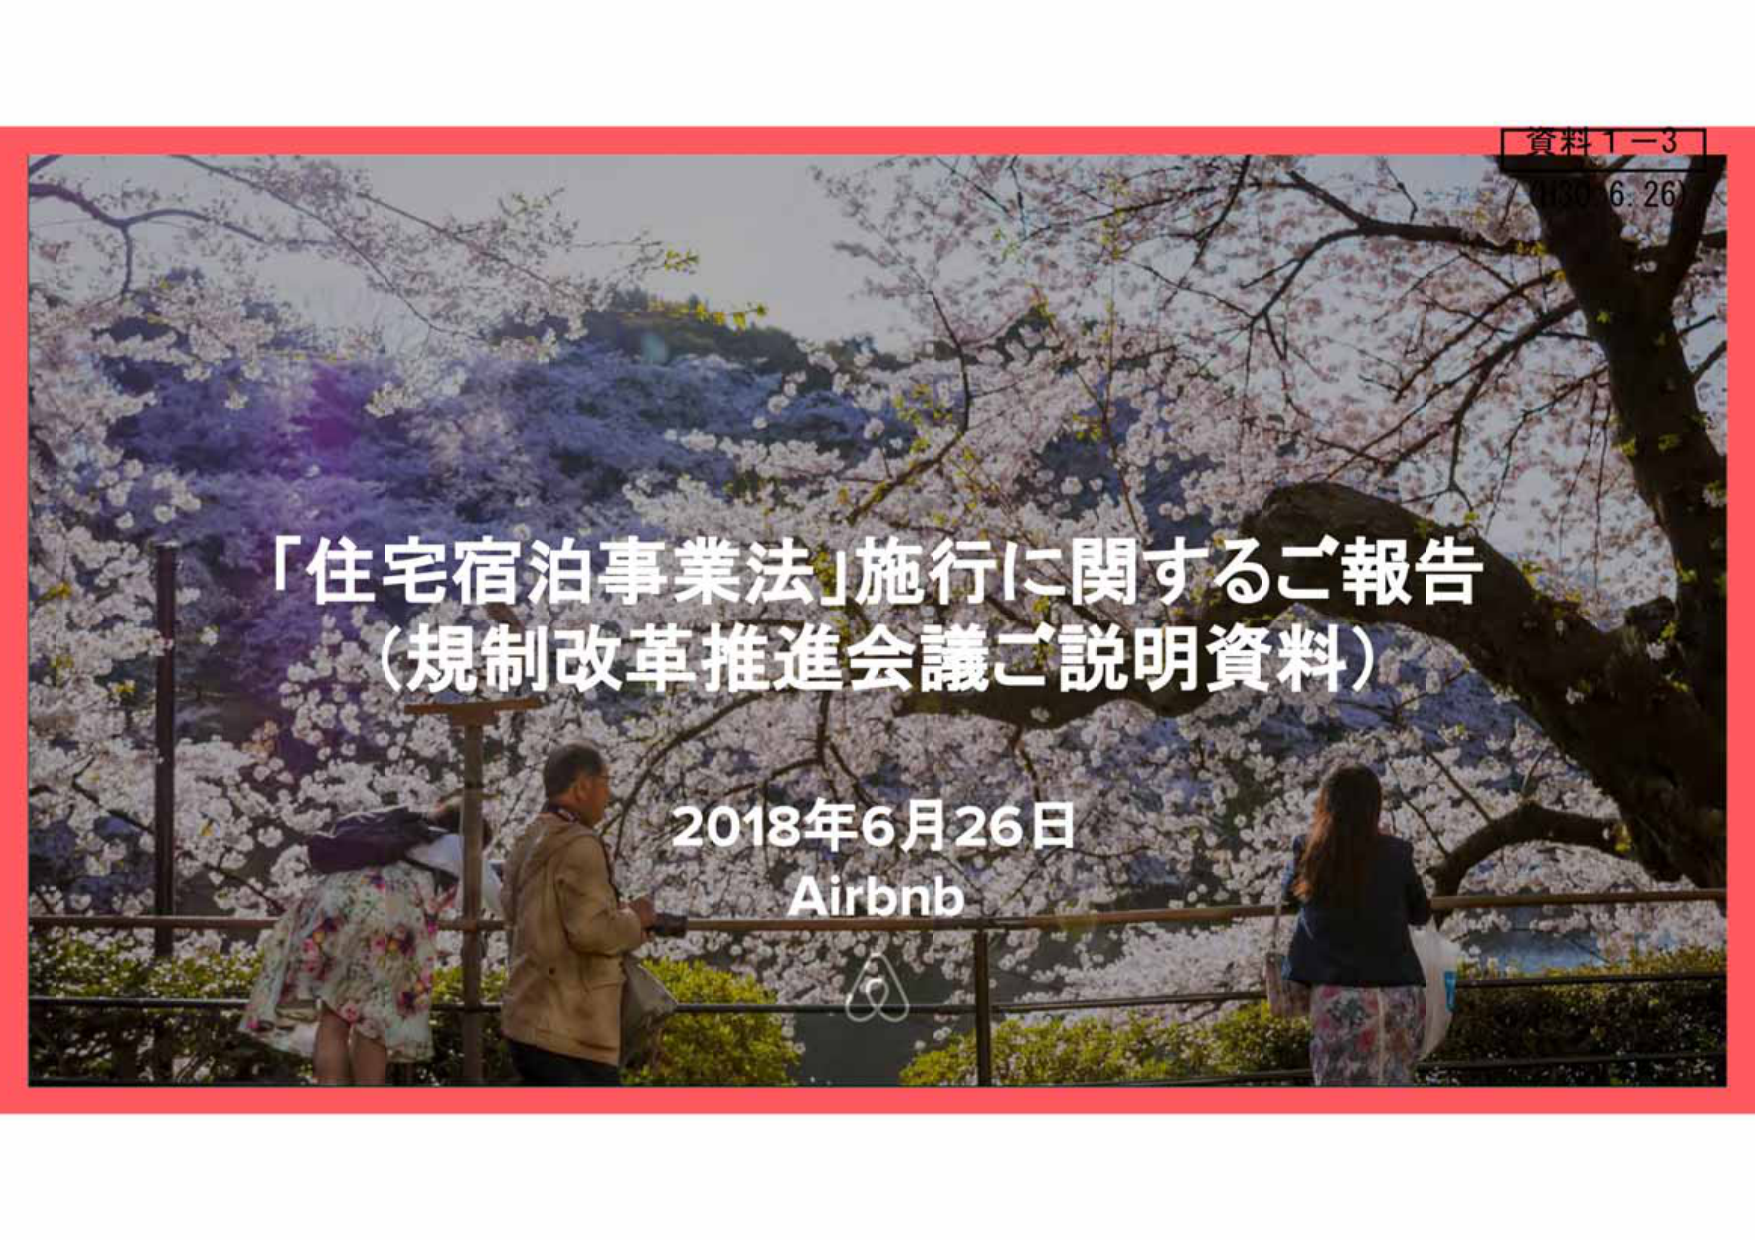
資料１－３
（H30.6.26）

「住宅宿泊事業法」施行に関するご報告
（規制改革推進会議ご説明資料）

2018年6月26日
Airbnb